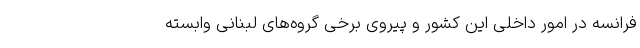
فرانسه در امور داخلی این کشور و پیروی برخی گروه‌های لبنانی وابسته